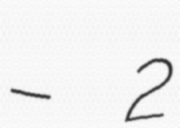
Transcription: – 2